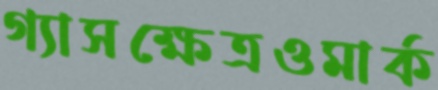
গ্যাসক্ষেত্রওমার্ক